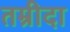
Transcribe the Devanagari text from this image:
तम्रीदा